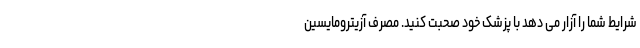
شرایط شما را آزار می دهد با پزشک خود صحبت کنید. مصرف آزیترومایسین